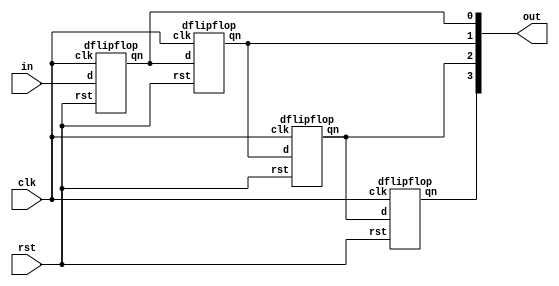
`timescale 1ns / 1ps
module SIPO(in,out,rst,clk);
input in,rst,clk; output [3:0]out; 
dflipflop dff1(in,clk,rst,out[0]);
dflipflop dff2(out[0],clk,rst,out[1]);
dflipflop dff3(out[1],clk,rst,out[2]);
dflipflop dff4(out[2],clk,rst,out[3]);
endmodule
module dflipflop(d,clk,rst,qn,qn_bar);
input d,clk,rst;output qn,qn_bar; 
reg qn; 
always@(posedge clk) 
begin 
if(!rst) 
qn=1'b0; 
else 
begin 
qn=d;
end
end
assign qn_bar=~qn;
endmodule